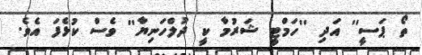
ތޯ ޕަސީ'' އަދި ''ހަމްޓީ ޝަރުމާ ކީ ދުލްހަނިޔާ'' ވެސް ކުޅެފަ އެވެ.